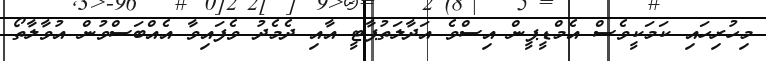
މިހުރިހައި ކަމަކީވެސް އެމްޑީޕީން އިސްވެ އަދާލަތުޕާޓީ އާއި ދެމެދު ވެފައިވާ އެއްބަސްވުން އުވާލާތޯ